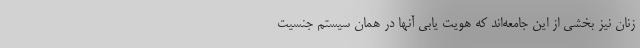
زنان نیز بخشی از این جامعه‌اند که هویت یابی آنها در همان سیستم جنسیت